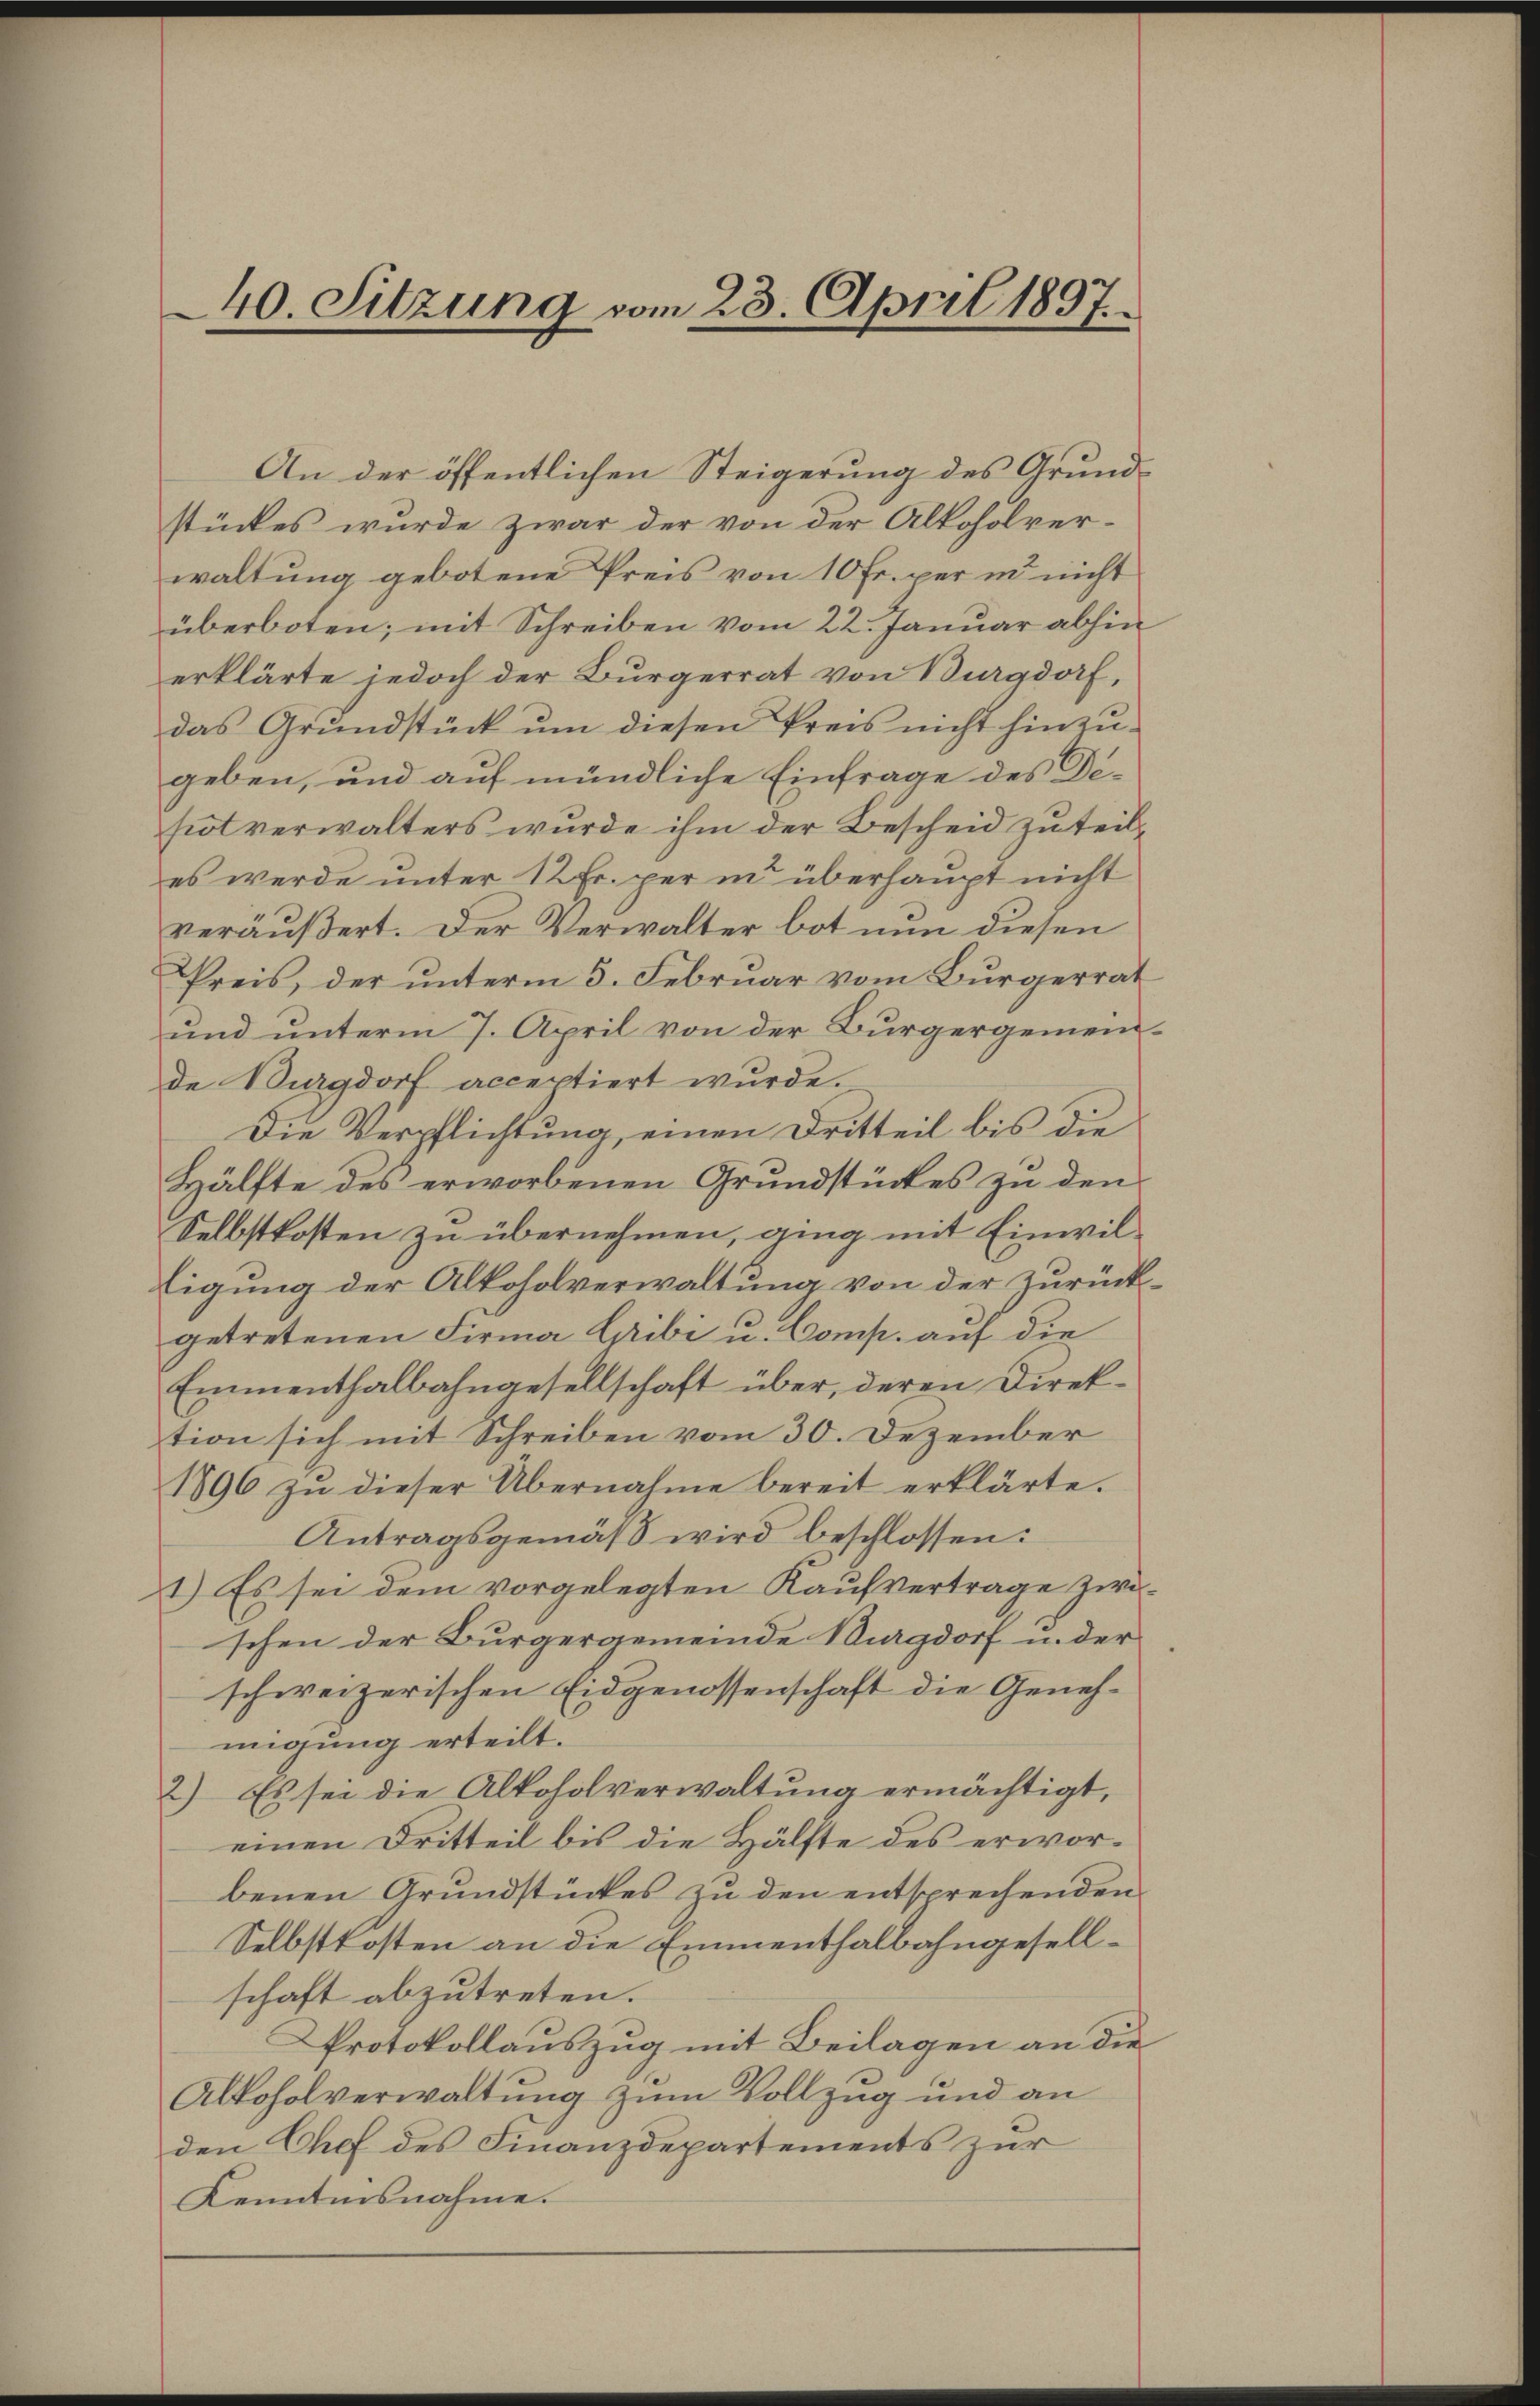
40. Sitzung vom 23. April 1897.

stückes wurde zwar der von der Alkoholver-
waltung gebotene Preis von 10 Fr. per in nicht
überboten; mit Schreiben vom 22. Januar abhin
erklärte jedoch der Bürgerrat von Burgdorf,
das Grundstück um diesen Preis nicht hinzugeben, und auf mündliche Einfrage des Desiot verwalters wurde ihm der Bescheid zuteil-
es werde unter 12 Fr. per in überhaupt nicht
veräußert. Der Verwalter bot nun diesen
Preis, der unterm 3. Februar vom Burgerrat
und unterm 7. April von der Bürgergemein
de Burgdorf acceptiert wurde.
Die Verpflichtung, einen Dritteil bis die
Hälfte des erworbenen Grundstückes zu den
Selbstkosten zu übernehmen, ging mit Einwil¬
Eigung der Alkoholverwaltung von der zurückgetretenen Firma Gibi u. Comp. auf die
Emmenthalbahngesellschaft über, deren Direktion sich mit Schreiben vom 30. Dezember
1896 zŭ dieser Übernahme bereit erklärte.
Antragsgemäß wird beschlossen:
1.) Es sei dem vorgelegten Kaufvertrage zwi
schen der Bürgergemeinde Magdorf u. der
schweizerischen Eidgenossenschaft die Genehmigung erteilt.
2.) Es sei die Alkoholverwaltung ermächtigt,
einen Dritteil bis die Hälfte des erworbenen Grundstückes zu den entsprechenden
Selbstkosten an die Emmenthalbahngesellschaft abzutreten.
Protokollauszug mit Beilagen an die
Alkoholverwaltung zum Vollzug und an
den Chef des Finanzdepartements zur
Kenntnisnahme.

An der öffentlichen Steigerung des Grund¬